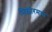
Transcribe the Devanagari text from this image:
मिझोरमचा